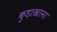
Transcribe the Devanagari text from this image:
कुड़ाखाना